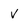
Character: v